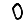
Digit: 0